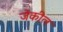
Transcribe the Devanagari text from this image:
जेकील